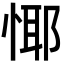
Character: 𢝞